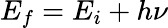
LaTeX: E_{f}=E_{i}+h\nu